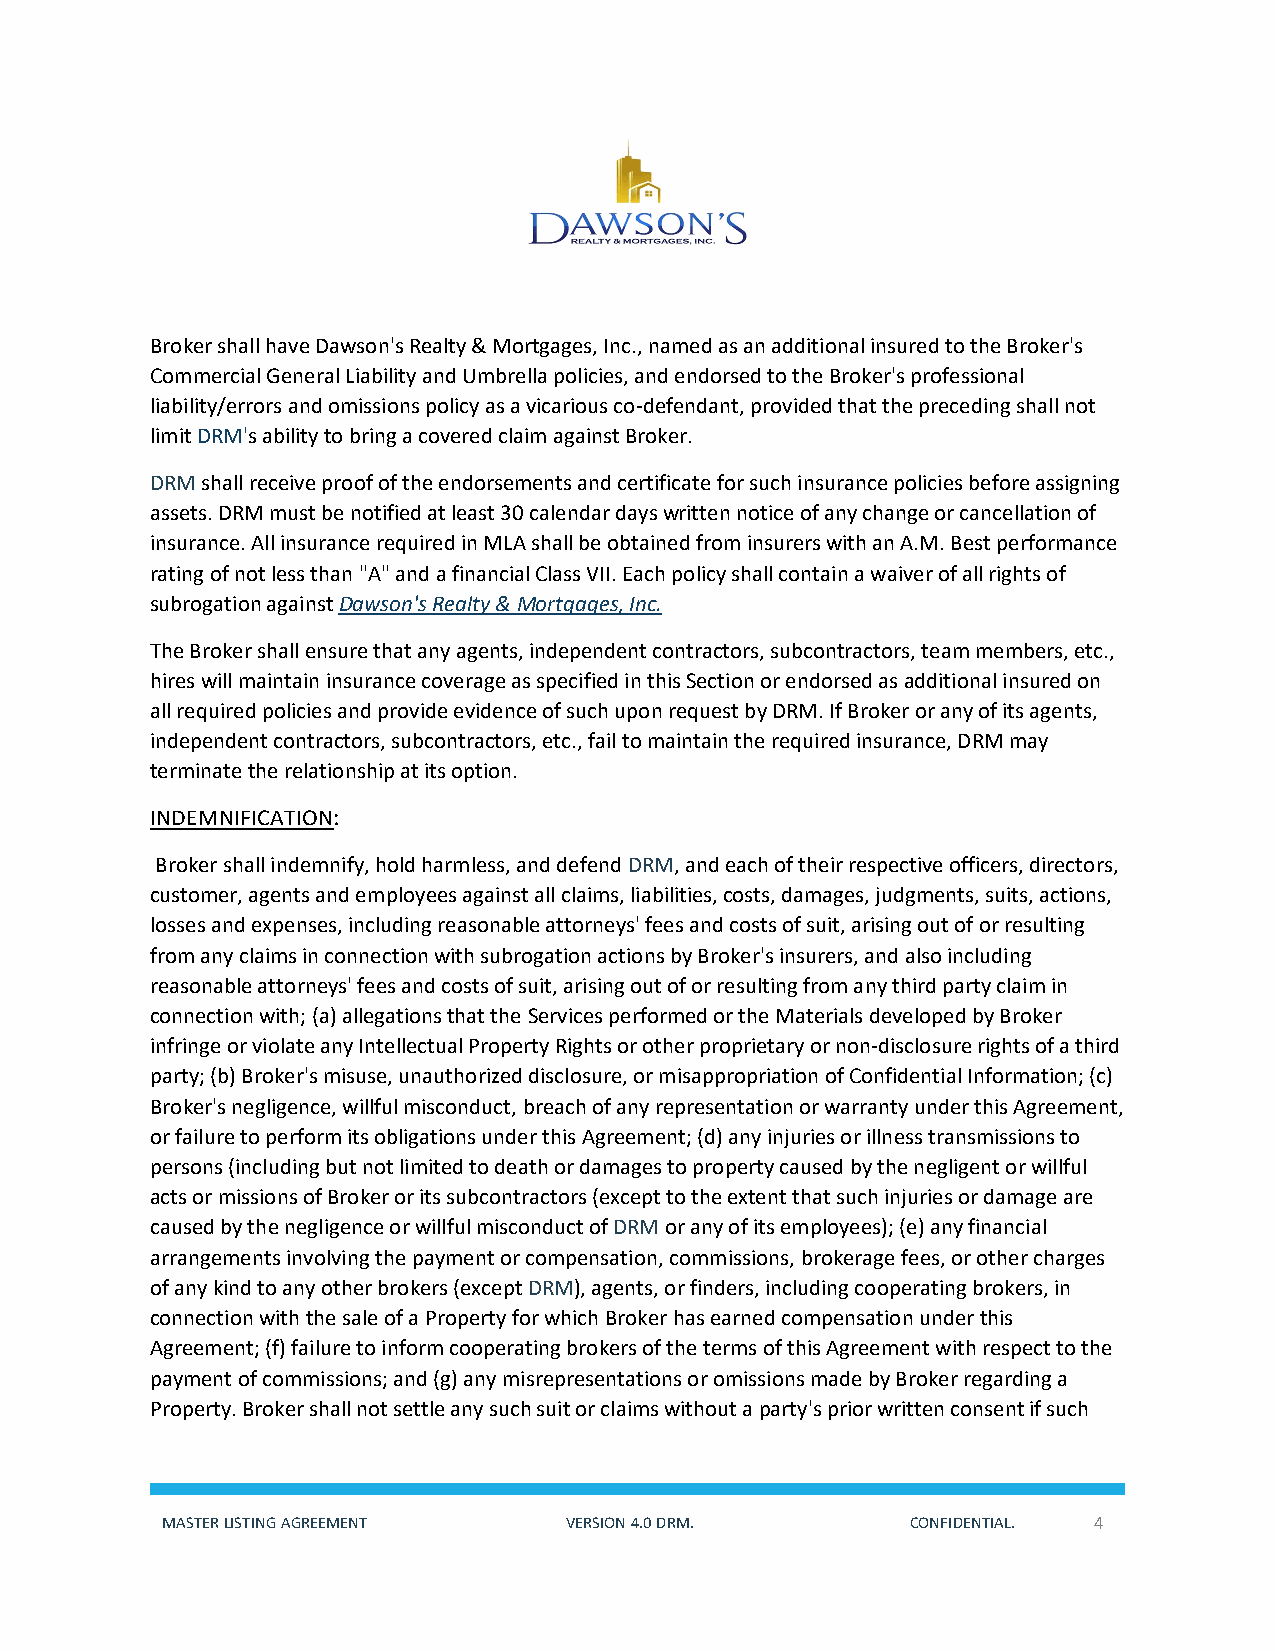
Broker shall have Dawson's Realty & Mortgages, Inc., named as an additional insured to the Broker's
 Commercial General Liability and Umbrella policies, and endorsed to the Broker's professional
 liability/errors and omissions policy as a vicarious co-defendant, provided that the preceding shall not
 limit DRM's ability to bring a covered claim against Broker.
 DRM shall receive proof of the endorsements and certificate for such insurance policies before assigning
 assets. DRM must be notified at least 30 calendar days written notice of any change or cancellation of
 insurance. All insurance required in MLA shall be obtained from insurers with an A.M. Best performance
 rating of not less than "A" and a financial Class VII. Each policy shall contain a waiver of all rights of
 subrogation against Dawson's Realty & Mortgages, Inc.
 The Broker shall ensure that any agents, independent contractors, subcontractors, team members, etc.,
 hires will maintain insurance coverage as specified in this Section or endorsed as additional insured on
 all required policies and provide evidence of such upon request by DRM. If Broker or any of its agents,
 independent contractors, subcontractors, etc., fail to maintain the required insurance, DRM may
 terminate the relationship at its option.
 INDEMNIFICATION:
 Broker shall indemnify, hold harmless, and defend DRM, and each of their respective officers, directors,
 customer, agents and employees against all claims, liabilities, costs, damages, judgments, suits, actions,
 losses and expenses, including reasonable attorneys' fees and costs of suit, arising out of or resulting
 from any claims in connection with subrogation actions by Broker's insurers, and also including
 reasonable attorneys' fees and costs of suit, arising out of or resulting from any third party claim in
 connection with; (a) allegations that the Services performed or the Materials developed by Broker
 infringe or violate any Intellectual Property Rights or other proprietary or non-disclosure rights of a third
 party; (b) Broker's misuse, unauthorized disclosure, or misappropriation of Confidential Information; (c)
 Broker's negligence, willful misconduct, breach of any representation or warranty under this Agreement,
 or failure to perform its obligations under this Agreement; (d) any injuries or illness transmissions to
 persons (including but not limited to death or damages to property caused by the negligent or willful
 acts or missions of Broker or its subcontractors (except to the extent that such injuries or damage are
 caused by the negligence or willful misconduct of DRM or any of its employees); (e) any financial
 arrangements involving the payment or compensation, commissions, brokerage fees, or other charges
 of any kind to any other brokers (except DRM), agents, or finders, including cooperating brokers, in
 connection with the sale of a Property for which Broker has earned compensation under this
 Agreement; (f) failure to inform cooperating brokers of the terms of this Agreement with respect to the
 payment of commissions; and (g) any misrepresentations or omissions made by Broker regarding a
 Property. Broker shall not settle any such suit or claims without a party's prior written consent if such
 MASTER LISTING AGREEMENT  VERSION 4.0 DRM.       CONFIDENTIAL. 4